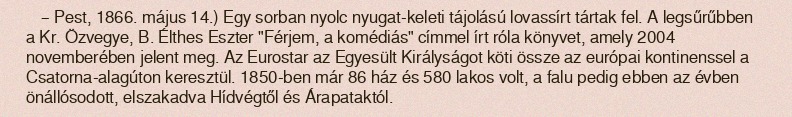
– Pest, 1866. május 14.) Egy sorban nyolc nyugat-keleti tájolású lovassírt tártak fel. A legsűrűbben a Kr. Özvegye, B. Élthes Eszter "Férjem, a komédiás" címmel írt róla könyvet, amely 2004 novemberében jelent meg. Az Eurostar az Egyesült Királyságot köti össze az európai kontinenssel a Csatorna-alagúton keresztül. 1850-ben már 86 ház és 580 lakos volt, a falu pedig ebben az évben önállósodott, elszakadva Hídvégtől és Árapataktól.